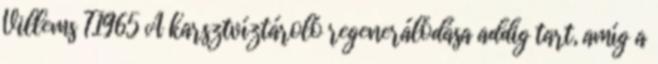
Villems T.1965 A karsztvíztároló regenerálódása addig tart, amíg a